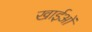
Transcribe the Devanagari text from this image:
खाईओं